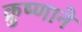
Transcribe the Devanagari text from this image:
क्रुष्णाने